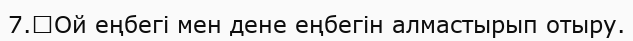
7.	Ой еңбегі мен дене еңбегін алмастырып отыру.